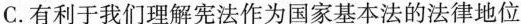
C.有利于我们理解宪法作为国家基本法的法律地位